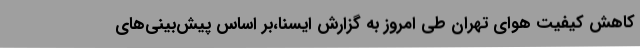
کاهش کیفیت هوای تهران طی امروز به گزارش ایسنا،بر اساس پیش‌بینی‌های